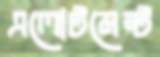
এলোটমেন্ট